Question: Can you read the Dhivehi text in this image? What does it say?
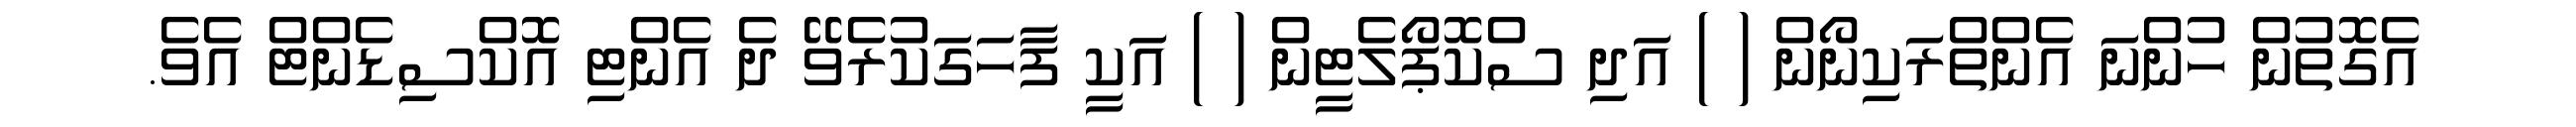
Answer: އެގޮތުން ހުންނަ އެންތްރަކިނޯން ( ) އަދި ސްކޮޕޯލެޓީން ( ) އަކީ ފާހަގަކުރެވޭ ދެ އެންޓި އޮކްސިޑެންޓް އެވެ.